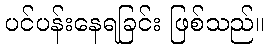
ပင်ပန်းနေရခြင်း ဖြစ်သည်။